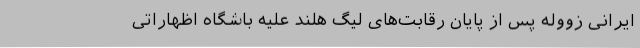
ایرانی زووله پس از پایان رقابت‌های لیگ هلند علیه باشگاه اظهاراتی